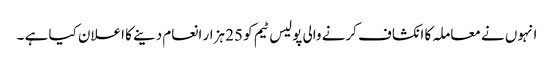
انہوں نے معاملہ کا انکشاف کرنے والی پولیس ٹیم کو 25 ہزار انعام دینے کا اعلان کیا ہے ۔